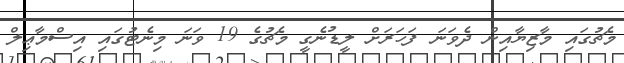
މެޗުގައި މާޒިޔާއިން ދެވަނަ ފަހަރަށް ލީޑުނެގީ މެޗުގެ 19 ވަނަ މިނެޓުގައި އިސްމާޢިލް